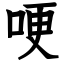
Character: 哽